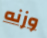
وزنه